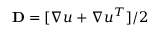
\mathbf { D } = [ \nabla u + \nabla u ^ { T } ] / 2